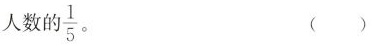
人数的\frac{1}{5}。 ( )